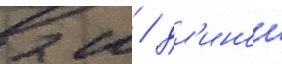
2 м / дл'инои